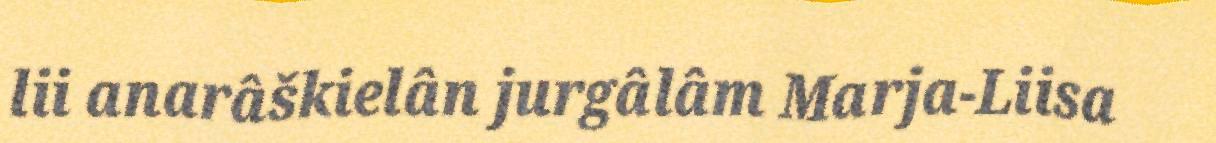
lii anarâškielân jurgâlâm Marja-Liisa